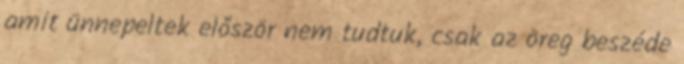
amit ünnepeltek először nem tudtuk, csak az öreg beszéde